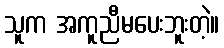
သူက အကူညီမပေးဘူးတဲ့။